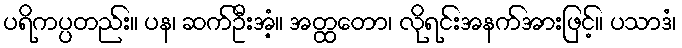
ပရိကပ္ပတည်း။ ပန၊ ဆက်ဦးအံ့။ အတ္ထတော၊ လိုရင်းအနက်အားဖြင့်။ ပသာဒံ၊